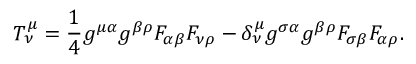
{ \cal T } _ { \nu } ^ { \mu } = \frac { 1 } { 4 } g ^ { \mu \alpha } g ^ { \beta \rho } F _ { \alpha \beta } F _ { \nu \rho } - \delta _ { \nu } ^ { \mu } g ^ { \sigma \alpha } g ^ { \beta \rho } F _ { \sigma \beta } F _ { \alpha \rho } .